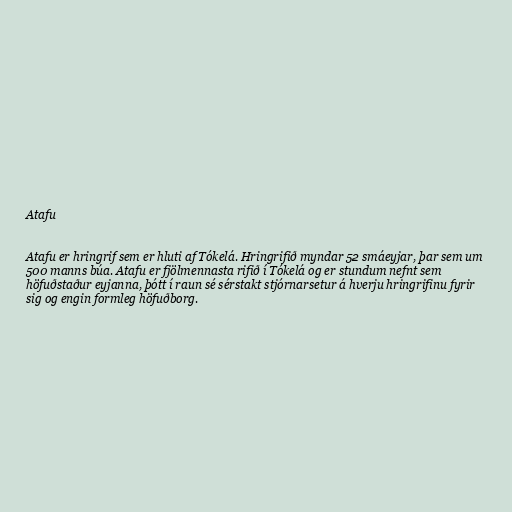
Atafu

Atafu er hringrif sem er hluti af Tókelá. Hringrifið myndar 52 smáeyjar, þar sem um
500 manns búa. Atafu er fjölmennasta rifið í Tókelá og er stundum nefnt sem
höfuðstaður eyjanna, þótt í raun sé sérstakt stjórnarsetur á hverju hringrifinu fyrir
sig og engin formleg höfuðborg.